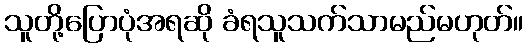
သူတို့ပြောပုံအရဆို ခံရသူသက်သာမည်မဟုတ်။